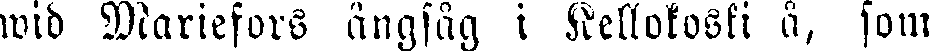
wid Mariefors ångsåg i Kellokoski å, som